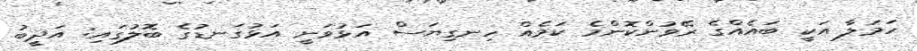
ހަމަލާ އަކީ ބައެއްގެ ރޭވުންކޮންމެ ކަމެއް ހިނގިޔަސް އަޅުވަނީ އަޅުގަނޑުގެ ބޮލުގައި: އަދީބު